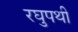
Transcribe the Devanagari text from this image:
रघुपथी